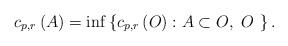
LaTeX: \begin{align*}c_{p,r}\left(A\right)=\inf\left\{ c_{p,r}\left(O\right):A\subset O,\ O\ \right\} .\end{align*}